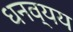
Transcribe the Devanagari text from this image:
धनव्यय